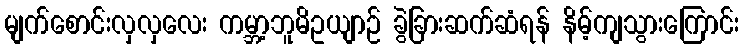
မျက်စောင်းလှလှလေး ကမ္ဘာ့ဘူမိဥယျာဉ် ခွဲခြားဆက်ဆံရန် နိမ့်ကျသွားကြောင်း